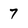
Character: 7